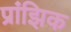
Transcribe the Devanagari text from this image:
प्रांझिक